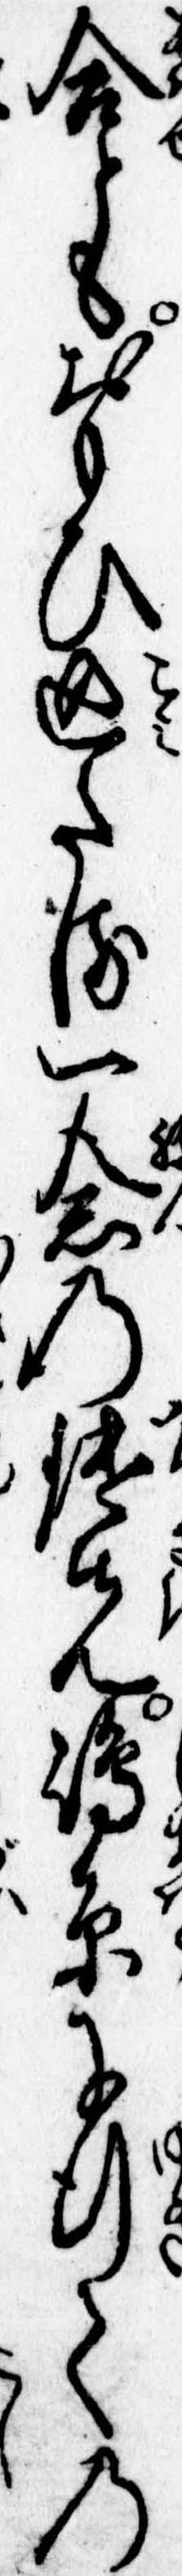
合ともおもひ込たる一念の鑓先島原に行ての